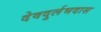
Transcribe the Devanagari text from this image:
देवदुर्लभदास